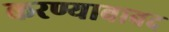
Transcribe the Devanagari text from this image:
करण्याबाबद